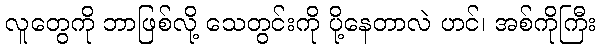
လူတွေကို ဘာဖြစ်လို့ သေတွင်းကို ပို့နေတာလဲ ဟင်၊ အစ်ကိုကြီး